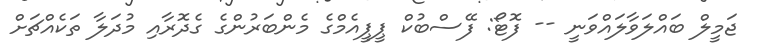
ޖަމީލް ބައްލަވާލައްވަނީ -- ފޮޓޯ: ފޭސްބުކް ޕީޕީއެމްގެ މެންބަރުންގެ ގެދޮރާއި މުދަލާ ތަކެއްޗަށް